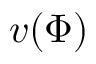
v ( \Phi )